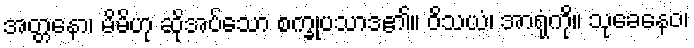
အတ္တနော၊ မိမိဟု ဆိုအပ်သော စက္ခုပသာဒ၏။ ဝိသယံ၊ အာရုံကို။ သုခေနေဝ၊